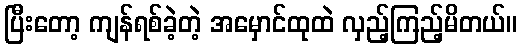
ပြီးတော့ ကျန်ရစ်ခဲ့တဲ့ အမှောင်ထုထဲ လှည့်ကြည့်မိတယ်။